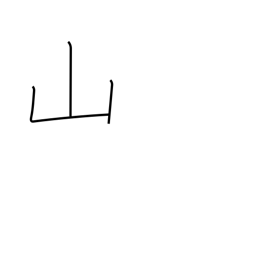
Meaning: mountain